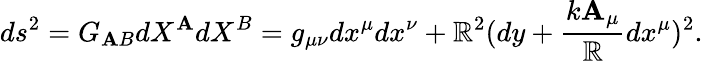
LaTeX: ds^{2}=G_{\mathbf{A}B}{dX^{\mathbf{A}}}{dX^{B}}=g_{\mu\nu}dx^{\mu}dx^{\nu}+\mathbb{R}^{2}(dy+\frac{{k\mathbf{A}_{\mu}}}{{\mathbb{R}}}dx^{\mu})^{2}.